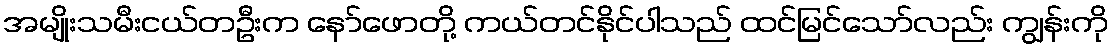
အမျိုးသမီးငယ်တဦးက နော်ဖောတို့ ကယ်တင်နိုင်ပါသည် ထင်မြင်သော်လည်း ကျွန်းကို